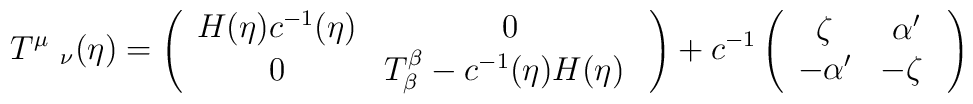
T^\mu\   _\nu(\eta)=\left(\begin{array}{cc}   H(\eta)c^{-1}(\eta) & 0 \\   0 & T^{\beta}_{\beta}-c^{-1}(\eta)H(\eta) \   \end{array}\right)+c^{-1}\left(\begin{array}{cc}   \zeta& \alpha'  \\   -\alpha' & -\zeta \   \end{array}\right)